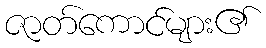
ဇာတ်ကောင်များ၏